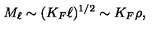
M _ { \ell } \sim ( K _ { F } \ell ) ^ { 1 / 2 } \sim K _ { F } \rho ,